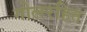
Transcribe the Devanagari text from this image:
गोलरहित